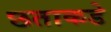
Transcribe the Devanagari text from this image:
छताकडे